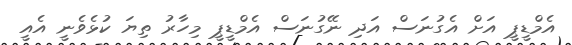
އެމްޑީޕީ އަށް އެގުނަސް އަދި ނޭގުނަސް އެމްޑީޕީ މިހާރު ތިޔަ ކުޅެވެނީ އެއީ